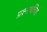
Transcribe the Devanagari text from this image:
प्रश्नार्थचिह्न